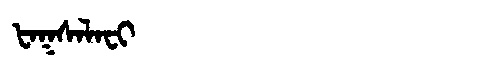
Manchu: ᡶᠠᡴᠰᠠᠯᠠᠸᡳ
Romanization: FAKSALAFI